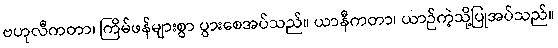
ဗဟုလီကတာ၊ ကြိမ်ဖန်များစွာ ပွားစေအပ်သည်။ ယာနီကတာ၊ ယာဉ်ကဲ့သို့ပြုအပ်သည်။